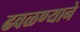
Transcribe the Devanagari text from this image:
ढवळण्याने